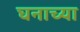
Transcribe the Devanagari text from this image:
घनाच्या